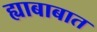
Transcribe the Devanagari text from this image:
ह्याबाबात